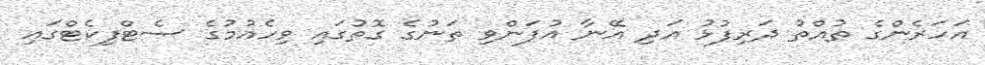
އަހަރެންގެ ތުއްތު ދަރިފުޅު އަދި އޭނާ އުފަންވި ތަނުގެ ގޮތުގައި ވިހެއުމުގެ ސެޓްފިކެޓްގައި